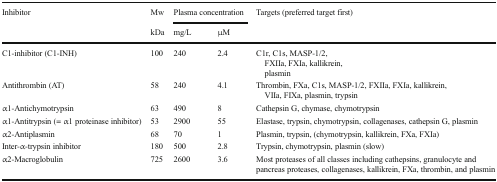
<table><thead><tr><td rowspan="2"><b>Inhibitor</b></td><td><b>Mw</b></td><td colspan="2"><b>Plasma concentration</b></td><td rowspan="2"><b>Targets (preferred target first)</b></td></tr><tr><td><b>kDa</b></td><td><b>mg/L</b></td><td><b>μM</b></td></tr></thead><tbody><tr><td>C1-inhibitor (C1-INH)</td><td>100</td><td>240</td><td>2.4</td><td>C1r, C1s, MASP-1/2, FXIIa, FXIa, kallikrein, plasmin</td></tr><tr><td>Antithrombin (AT)</td><td>58</td><td>240</td><td>4.1</td><td>Thrombin, FXa, C1s, MASP-1/2, FXIIa, FXIa, kallikrein, VIIa, FIXa, plasmin, trypsin</td></tr><tr><td>α1-Antichymotrypsin</td><td>63</td><td>490</td><td>8</td><td>Cathepsin G, chymase, chymotrypsin</td></tr><tr><td>α1-Antitrypsin (= α1 proteinase inhibitor)</td><td>53</td><td>2900</td><td>55</td><td>Elastase, trypsin, chymotrypsin, collagenases, cathepsin G, plasmin</td></tr><tr><td>α2-Antiplasmin</td><td>68</td><td>70</td><td>1</td><td>Plasmin, trypsin, (chymotrypsin, kallikrein, FXa, FXIa)</td></tr><tr><td>Inter-α-trypsin inhibitor</td><td>180</td><td>500</td><td>2.8</td><td>Trypsin, chymotrypsin, plasmin (slow)</td></tr><tr><td>α2-Macroglobulin</td><td>725</td><td>2600</td><td>3.6</td><td>Most proteases of all classes including cathepsins, granulocyte andpancreas proteases, collagenases, kallikrein, FXa, thrombin, and plasmin</td></tr></tbody></table>